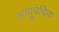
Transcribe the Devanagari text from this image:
आयुवेदिेक